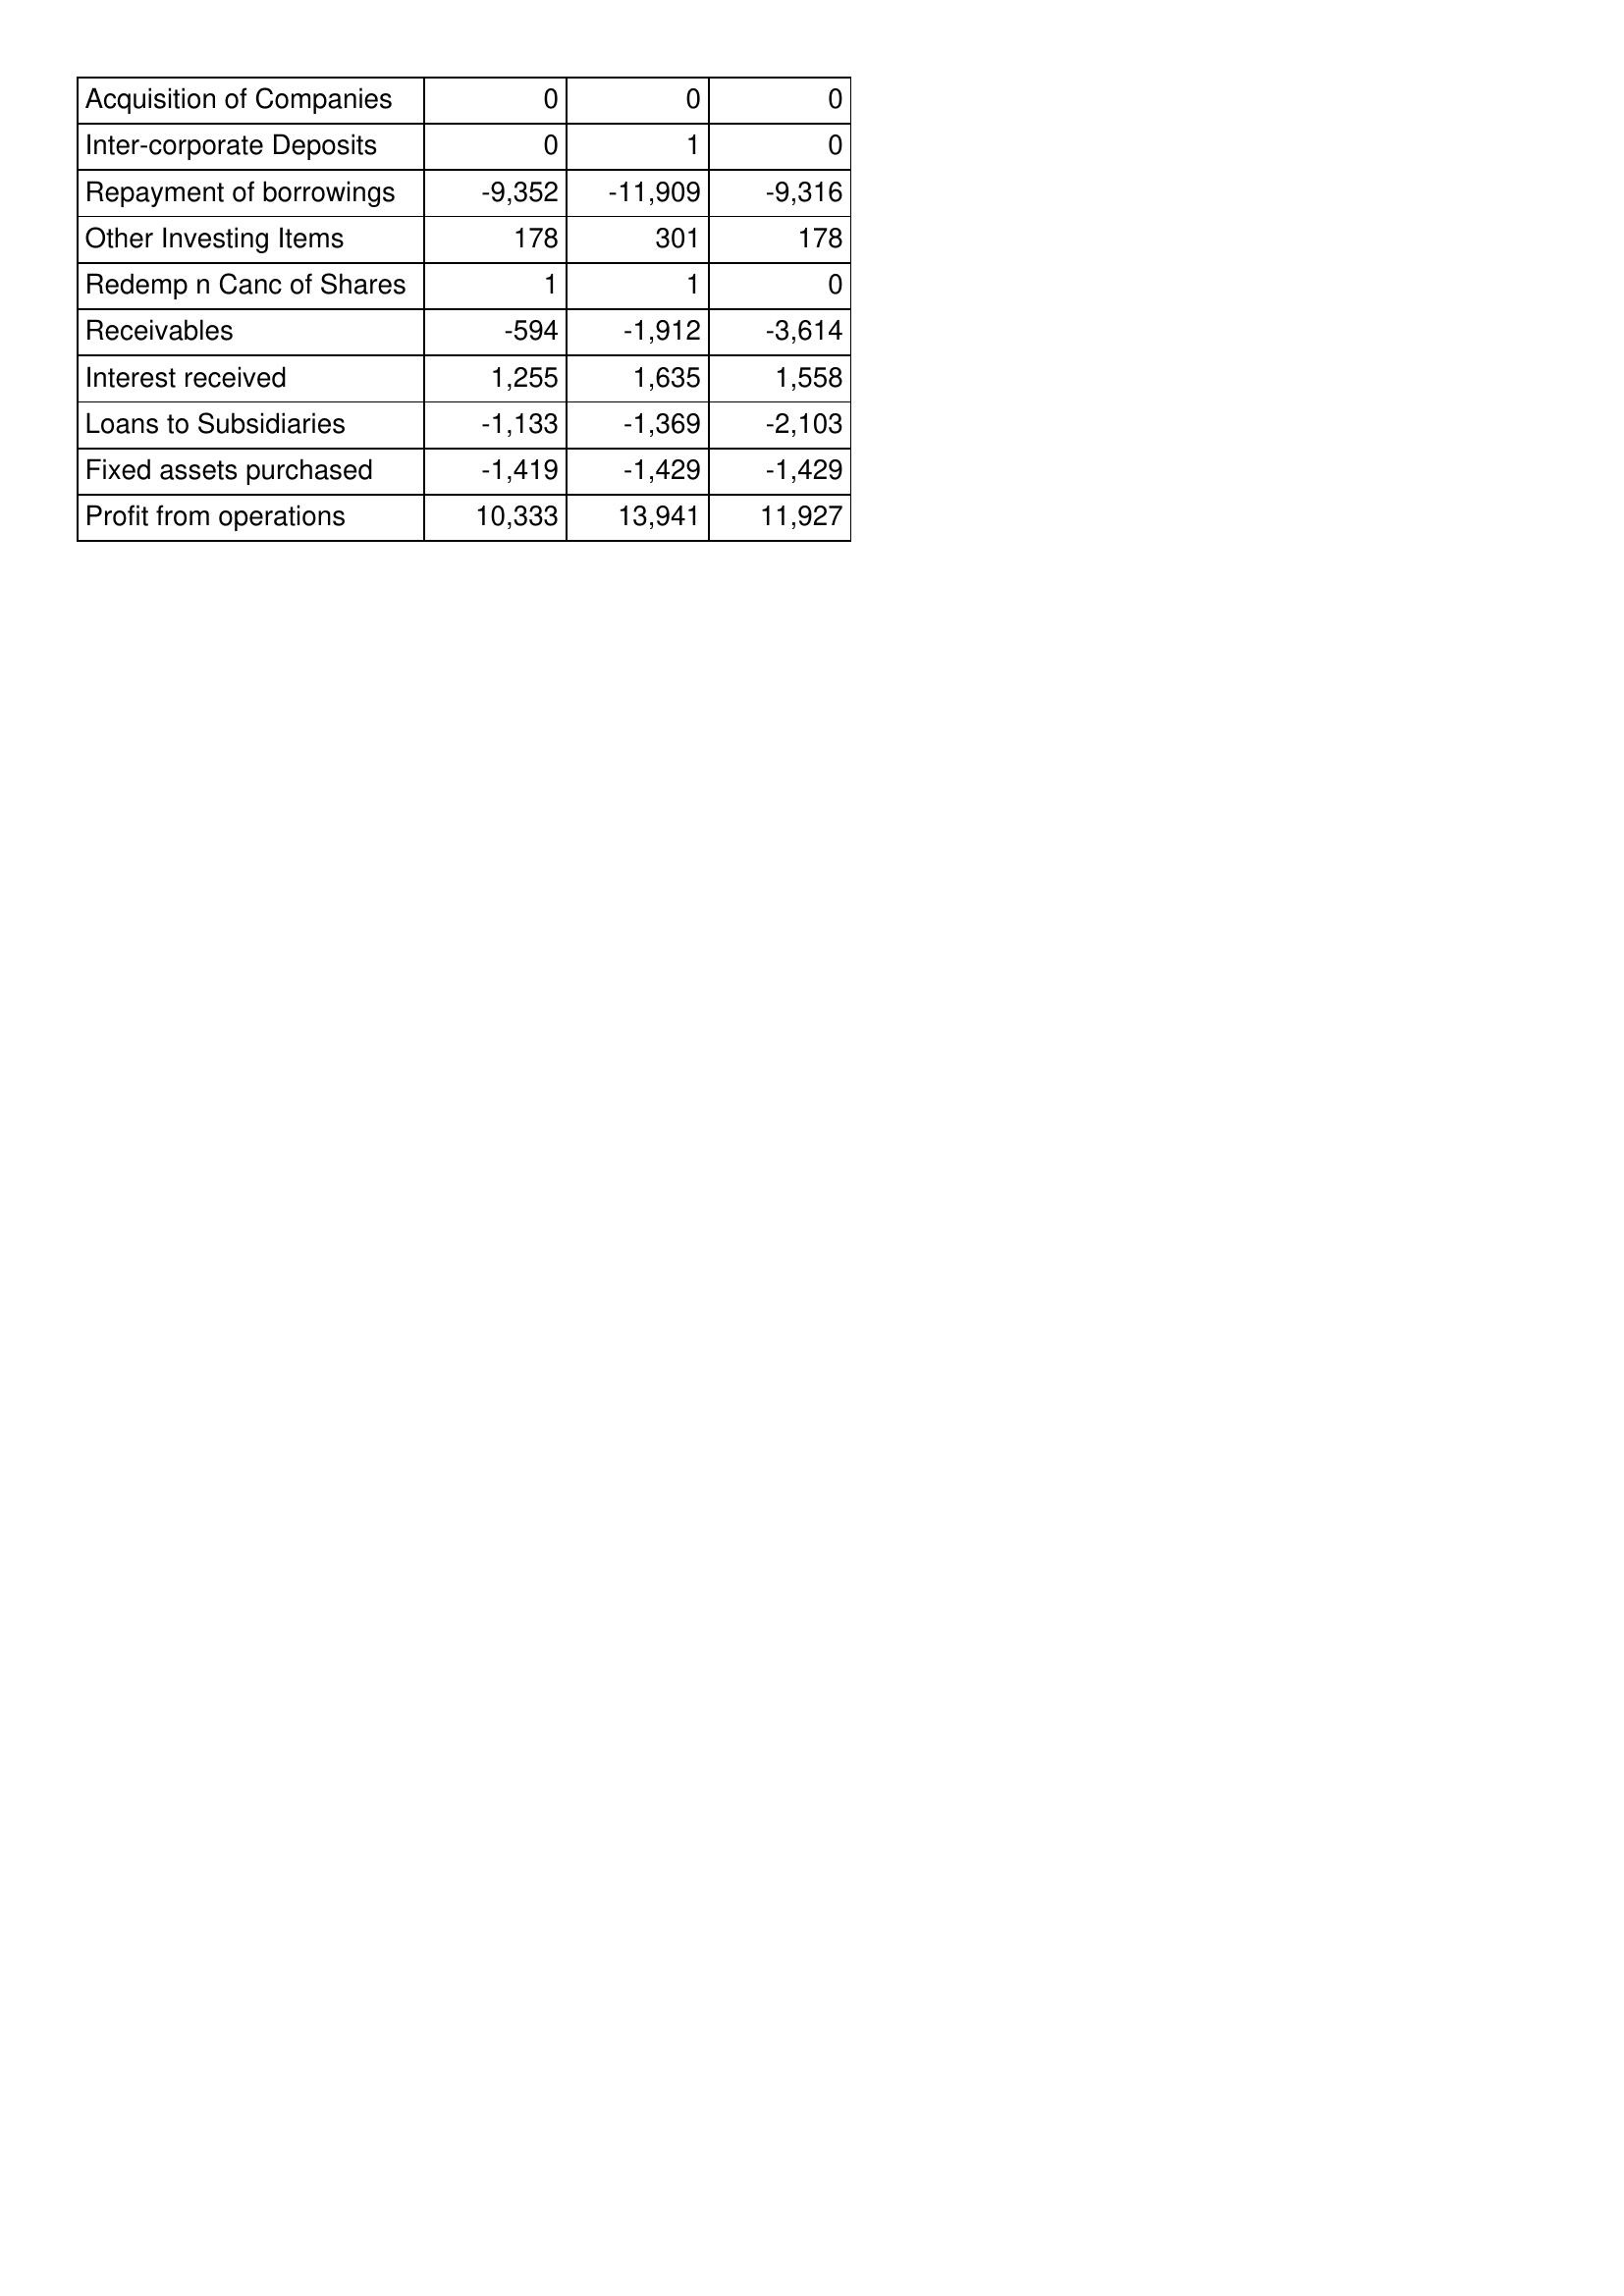
May-16: Cash Flows: Acquisition of Companies: 0
Inter-corporate Deposits: 0
Repayment of borrowings: -9,352
Other Investing Items: 178
Redemp n Canc of Shares: 1
Receivables: -594
Interest received: 1,255
Loans to Subsidiaries: -1,133
Fixed assets purchased: -1,419
Profit from operations: 10,333
May-15: Cash Flows: Acquisition of Companies: 0
Inter-corporate Deposits: 1
Repayment of borrowings: -11,909
Other Investing Items: 301
Redemp n Canc of Shares: 1
Receivables: -1,912
Interest received: 1,635
Loans to Subsidiaries: -1,369
Fixed assets purchased: -1,429
Profit from operations: 13,941
May-14: Cash Flows: Acquisition of Companies: 0
Inter-corporate Deposits: 0
Repayment of borrowings: -9,316
Other Investing Items: 178
Redemp n Canc of Shares: 0
Receivables: -3,614
Interest received: 1,558
Loans to Subsidiaries: -2,103
Fixed assets purchased: -1,429
Profit from operations: 11,927